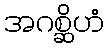
အဂစ္ဆိဟံ